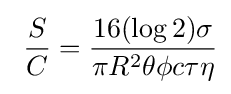
\ {\frac {S}{C}}={\frac {16(\log 2)\sigma }{\pi R^{2}\theta \phi c\tau \eta }}